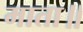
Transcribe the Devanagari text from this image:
माता॥